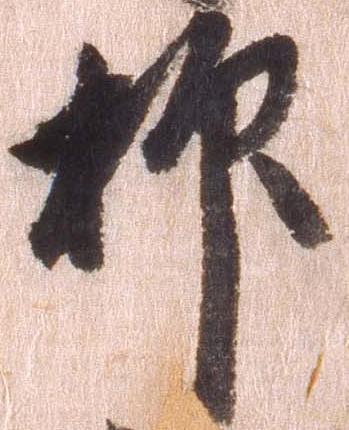
抑